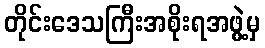
တိုင်းဒေသကြီးအစိုးရအဖွဲ့မှ